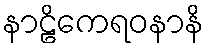
နာဠိကေရဝနာနိ